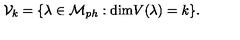
{ \cal V } _ { k } = \{ \lambda \in { \cal M } _ { p h } : \mathrm { d i m } V ( \lambda ) = k \} .